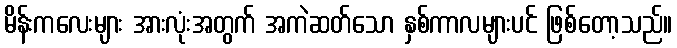
မိန်းကလေးများ အားလုံးအတွက် အကဲဆတ်သော နှစ်ကာလများပင် ဖြစ်တော့သည်။